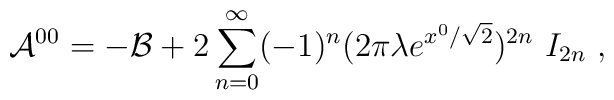
{\cal A}^{00} =- {\cal B}+ 2\sum_{n=0}^\infty (-1)^n(2\pi\lambda e^{x^0/\sqrt{2}})^{2n}~I_{2n}~,